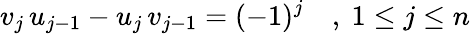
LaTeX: v_{j}\, u_{j-1}-u_{j}\, v_{j-1}=(-1)^{j}\quad,\ 1\leq j\leq n